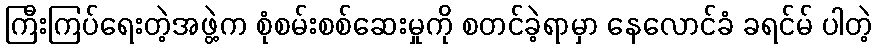
ကြီးကြပ်ရေးတဲ့အဖွဲ့က စုံစမ်းစစ်ဆေးမှုကို စတင်ခဲ့ရာမှာ နေလောင်ခံ ခရင်မ် ပါတဲ့